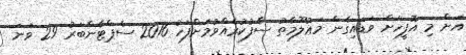
އަށް މި އޮފީހަށް ވަޑައިގެން މަޢުލޫމާތު ސާފުކުރެއްވުމަށްފަހު 2016 ސެޕްޓެންބަރު 29 ވަނަ